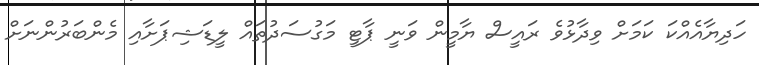
ހަދިޔާއެއްކަ ކަމަށް ވިދާޅުވެ ރައީސް ޔާމީން ވަނީ ޕާޓީ މަގުސަދުތައް ލީޑަޝިޕަށާއި މެންބަރުންނަށް